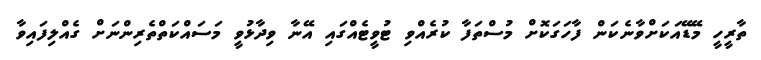
ތާރީހީ މޭޑޭއަކަށްވާނެކަން ފާހަގަކޮށް މުސްތަފާ ކުރެއްވި ޓުވީޓެއްގައި އޭނާ ވިދާޅުވީ މަސައްކަތްތެރިންނަށް ގެއްލިފައިވާ